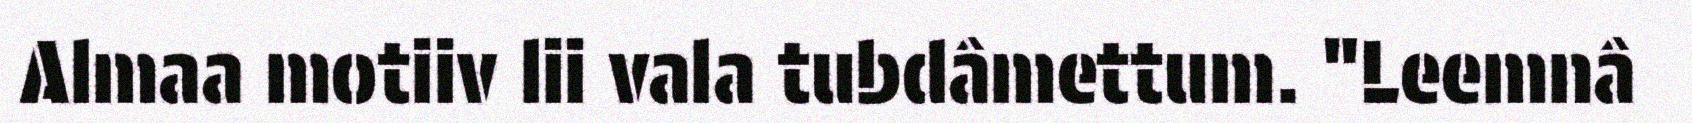
Almaa motiiv lii vala tubdâmettum. "Leemnâ